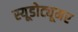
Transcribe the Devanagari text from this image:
स्यूडोट्यूमर